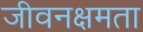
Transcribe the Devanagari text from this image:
जीवनक्षमता